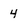
Character: 4